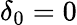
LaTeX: \delta_{0}=0